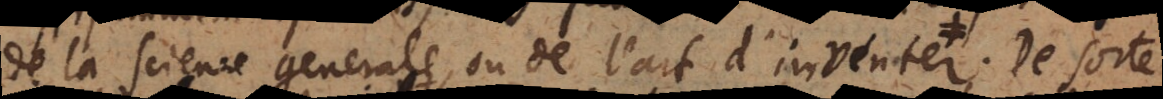
de la science generale, ou de l’art d’inventer. Cependant